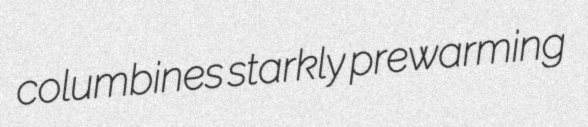
columbines starkly prewarming